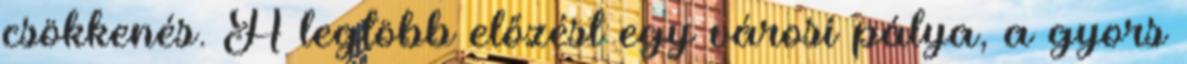
csökkenés. A legtöbb előzést egy városi pálya, a gyors